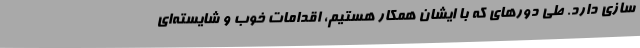
سازی دارد. طی دورهای که با ایشان همکار هستیم، اقدامات خوب و شایسته‌ای